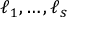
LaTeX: \ell _ { 1 } , \ldots , \ell _ { s }